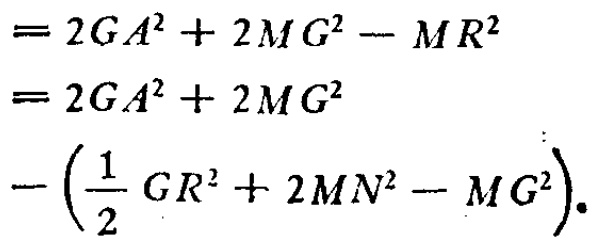
\[

\begin{align*}

&=2GA^{2}+2MG^{2}-MR^{2}\\

&=2GA^{2}+2MG^{2}\\

&-\left(\frac{1}{2}GR^{2}+2MN^{2}-MG^{2}\right).

\end{align*}

\]